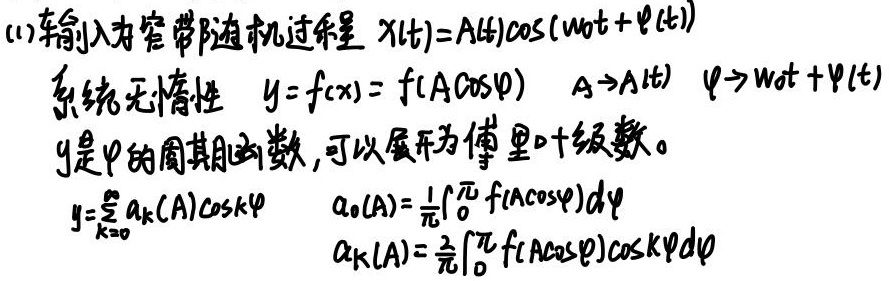
(1) 输入为窄带随机过程，\(X(t)=A(t)\cos(\omega_0t + \varphi(t))\)，系统无惰性，\(y = f(x)= f(A\cos\varphi)\)，\(A \to A(t)\)，\(\varphi\to\omega_0t+\varphi(t)\)。\(y\)是\(\varphi\)的周期函数，可以展开为傅里叶级数。
\(y = \sum_{k = 0}^{\infty} a_k(A)\cos k\varphi\)
\(a_0(A)=\frac{1}{\pi}\int_{0}^{\pi} f(A\cos\varphi)d\varphi\)
\(a_k(A)=\frac{2}{\pi}\int_{0}^{\pi} f(A\cos\varphi)\cos k\varphi d\varphi\)